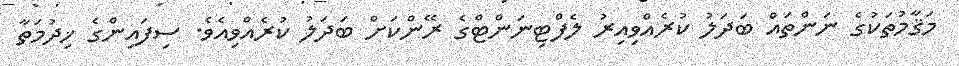
މަޤާމުތަކުގެ ނަންތައް ބަދަލު ކުރެއްވިއިރު ލެފްޓިނަންޓްގެ ރޭންކަށް ބަދަލު ކުރެއްވިއެވެ. ސިފައިންގެ ޚިދުމަތާ